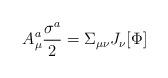
LaTeX: \begin{align*}A_\mu^a \frac{\sigma^a}{2} = \Sigma_{\mu \nu}J_\nu[\Phi] \end{align*}